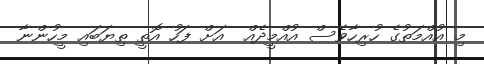
މި އުއްމަތުގެ ހުރިހާވެސް އުއްމީދެއް  އަށް ފަހު އޮތީ ތިޔަބައި މީހުންނާ